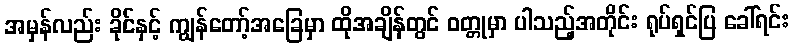
အမှန်လည်း ခိုင်နှင့် ကျွန်တော့်အခြေမှာ ထိုအချိန်တွင် ဝတ္တုမှာ ပါသည့်အတိုင်း ရုပ်ရှင်ပြ ခေါ်ရင်း